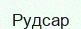
Рудсар